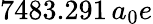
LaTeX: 7483.291\, a_{0}e